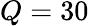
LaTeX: Q=30